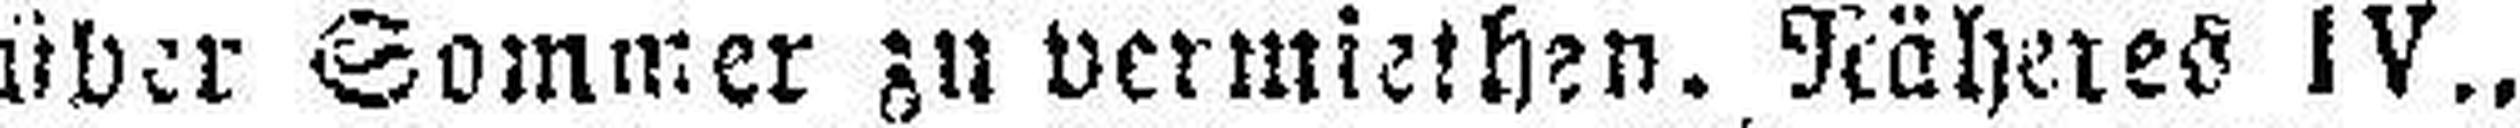
über Sommer zu vermiethen. Näheres IV.,